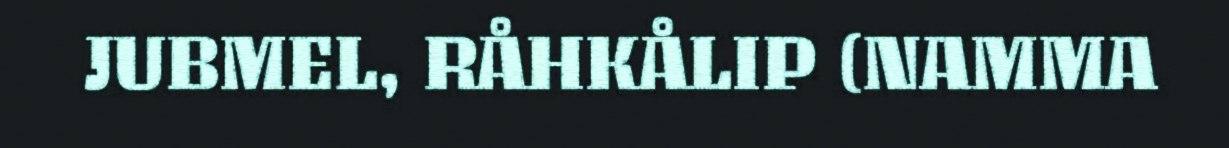
JUBMEL, RÅHKÅLIP (NAMMA